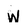
Character: W